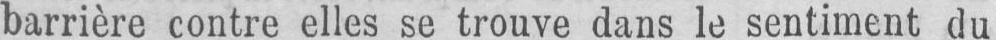
barrière contre elles se trouve dans le sentiment du